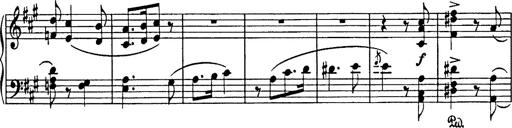
Title: Hungarian Rhapsody No.18
Composer: Franz Liszt
Key: F-sharp minor